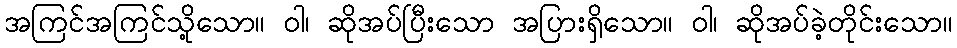
အကြင်အကြင်သို့သော။ ဝါ၊ ဆိုအပ်ပြီးသော အပြားရှိသော။ ဝါ၊ ဆိုအပ်ခဲ့တိုင်းသော။